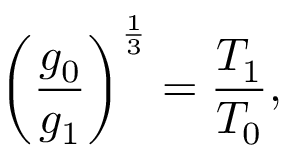
\left( { \frac { g _ { 0 } } { g _ { 1 } } } \right) ^ { \frac { 1 } { 3 } } = { \frac { T _ { 1 } } { T _ { 0 } } } ,